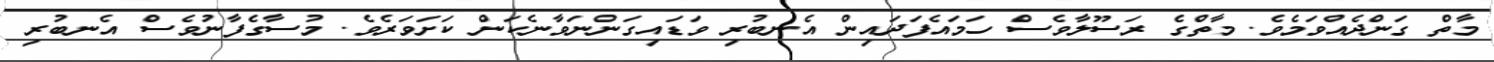
މާތް ގަންދެއްވަމެވެ. މާތްގެ ރަސޫލާވެސް ހަމައެފަދައިން އެނބުރި ވަޑައިގަންނަވާނެކަން ކަށަވަރެވެ. މުސާގެފާނުވެސް އެނބުރި